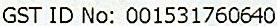
GST ID NO: 001531760640